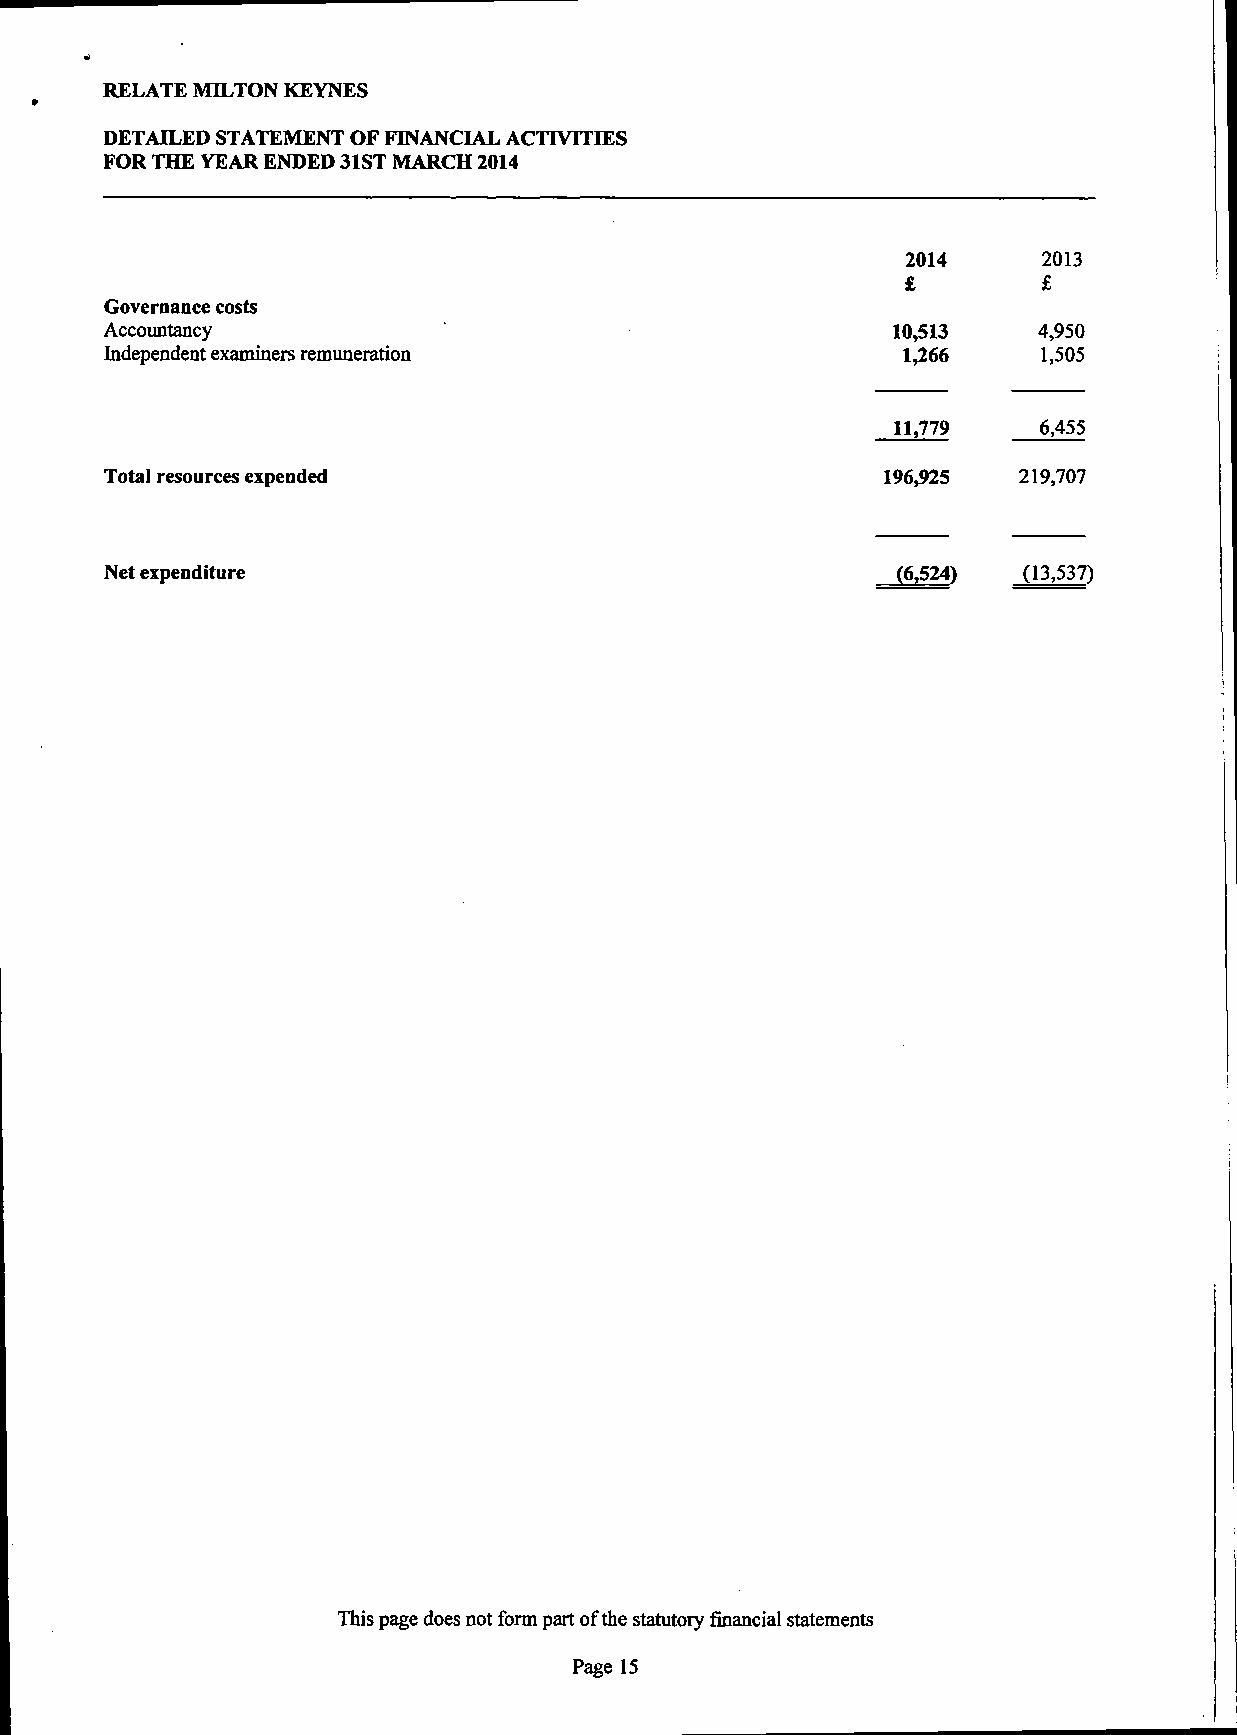
RELATE MILTON KEYNES
 DETAILED STATEMENT OF FINANCIAL ACTIVITIES
 FOR THE YEAR ENDED 31ST MARCH 2014
 2014     2013
 £        £
 Governance costs
 Accountancy                                         10,513    4,950
 Independent examiners remuneration                   1,266    1,505
 11,779    6,455
 Total resources expended                            196,925  219,707
 Net expenditure                                     (6,524)  (13,537)
 This page does not form part of the statutory financial statements
 Page 15